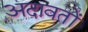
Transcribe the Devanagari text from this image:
अदावतों